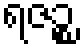
ရဇဉ္စ